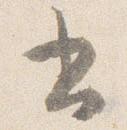
書